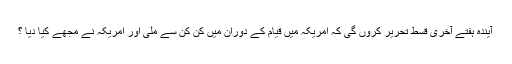
آیٰندہ ہفتے آخری قسط تحریر کروں گی کہ امریکہ میں قیام کے دوران میں کن کن سے ملی اور امریکہ نے مجھے کیا دیا ؟